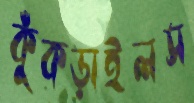
কুঁকড়াইলস